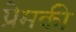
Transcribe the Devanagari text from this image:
प्रेमकी